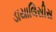
ડાયાલિસીસ